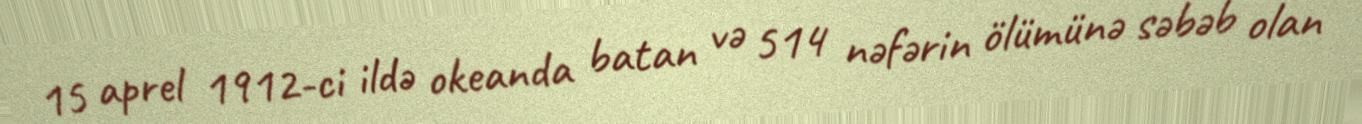
15 aprel 1912-ci ildə okeanda batan və 514 nəfərin ölümünə səbəb olan